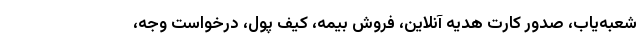
شعبه‌یاب، صدور کارت هدیه آنلاین، فروش بیمه، کیف پول، درخواست وجه،